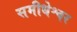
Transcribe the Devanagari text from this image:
समीधेश्वर